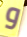
و